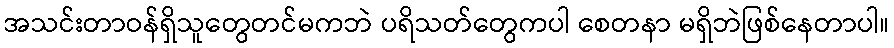
အသင်းတာဝန်ရှိသူတွေတင်မကဘဲ ပရိသတ်တွေကပါ စေတနာ မရှိဘဲဖြစ်နေတာပါ။